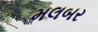
મલબર